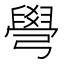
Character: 𦦎